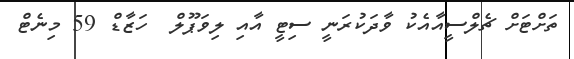
ތަށްޓަށް ޗެލްސީއާއެކު ވާދަކުރަނީ ސިޓީ އާއި ލިވަޕޫލް  ހަޒާޑް 59 މިނެޓް